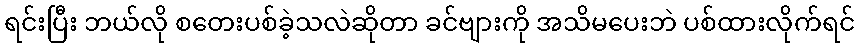
ရင်းပြီး ဘယ်လို စတေးပစ်ခဲ့သလဲဆိုတာ ခင်ဗျားကို အသိမပေးဘဲ ပစ်ထားလိုက်ရင်